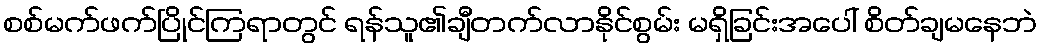
စစ်မက်ဖက်ပြိုင်ကြရာတွင် ရန်သူ၏ချီတက်လာနိုင်စွမ်း မရှိခြင်းအပေါ် စိတ်ချမနေဘဲ